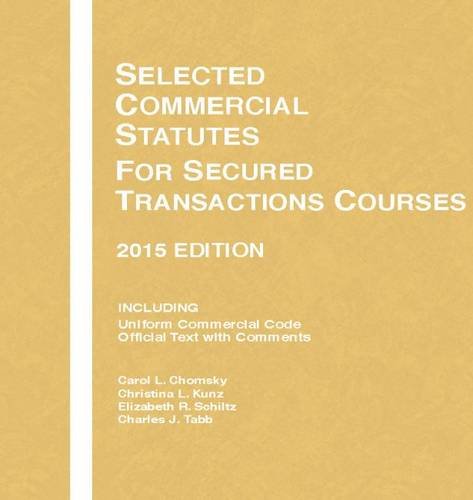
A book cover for Selected Commercial Statutes, For Secured Transactions Courses, 2015 Edition (Selected Statutes); Carol Chomsky; Law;